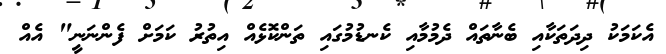
އެކަމަކު ދިދަތަކާއި ބެނާތައް ދެމުމާއި ކެނޑުމުގައި ތަންކޮޅެއް އިތުރު ކަމަށް ފެންނަނީ" އެއް